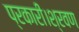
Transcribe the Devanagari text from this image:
प्रकारी।श्रवण